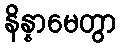
နိန္နာမေတွာ